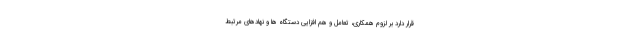
قرار دارد بر لزوم همکاری، تعامل و هم افزایی دستگاه ها و نهادهای مرتبط